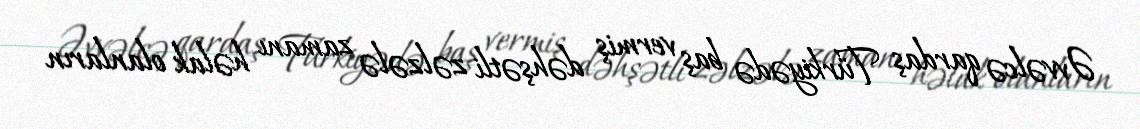
Əvvəlcə qardaş Türkiyədə baş vermiş dəhşətli zəlzələ zamanı həlak olanların